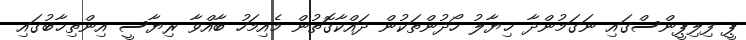
ޕީ ފިލިޕީންސްގައި ނަގަމުންދާ ޚިޔާލު ހޯދުންތަކުން ދައްކާގޮތުން މެއިމަހު ބާއްވާ ރިޔާސީ އިންތިޚާބުގައި